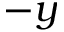
- y